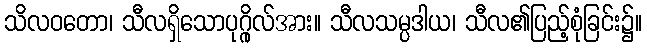
သိလဝတော၊ သီလရှိသောပုဂ္ဂိုလ်အား။ သီလသမ္ပဒါယ၊ သီလ၏ပြည့်စုံခြင်း၌။